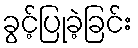
ခွင့်ပြုခဲ့ခြင်း